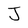
Character: J